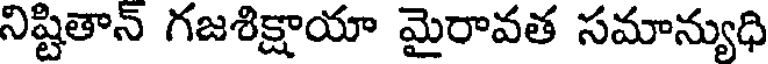
నిష్టితాన్ గజశిక్షాయా మైరావత సమాన్యుధి